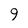
Character: 9